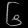
Digit: ၆